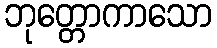
ဘုတ္တောကာသော